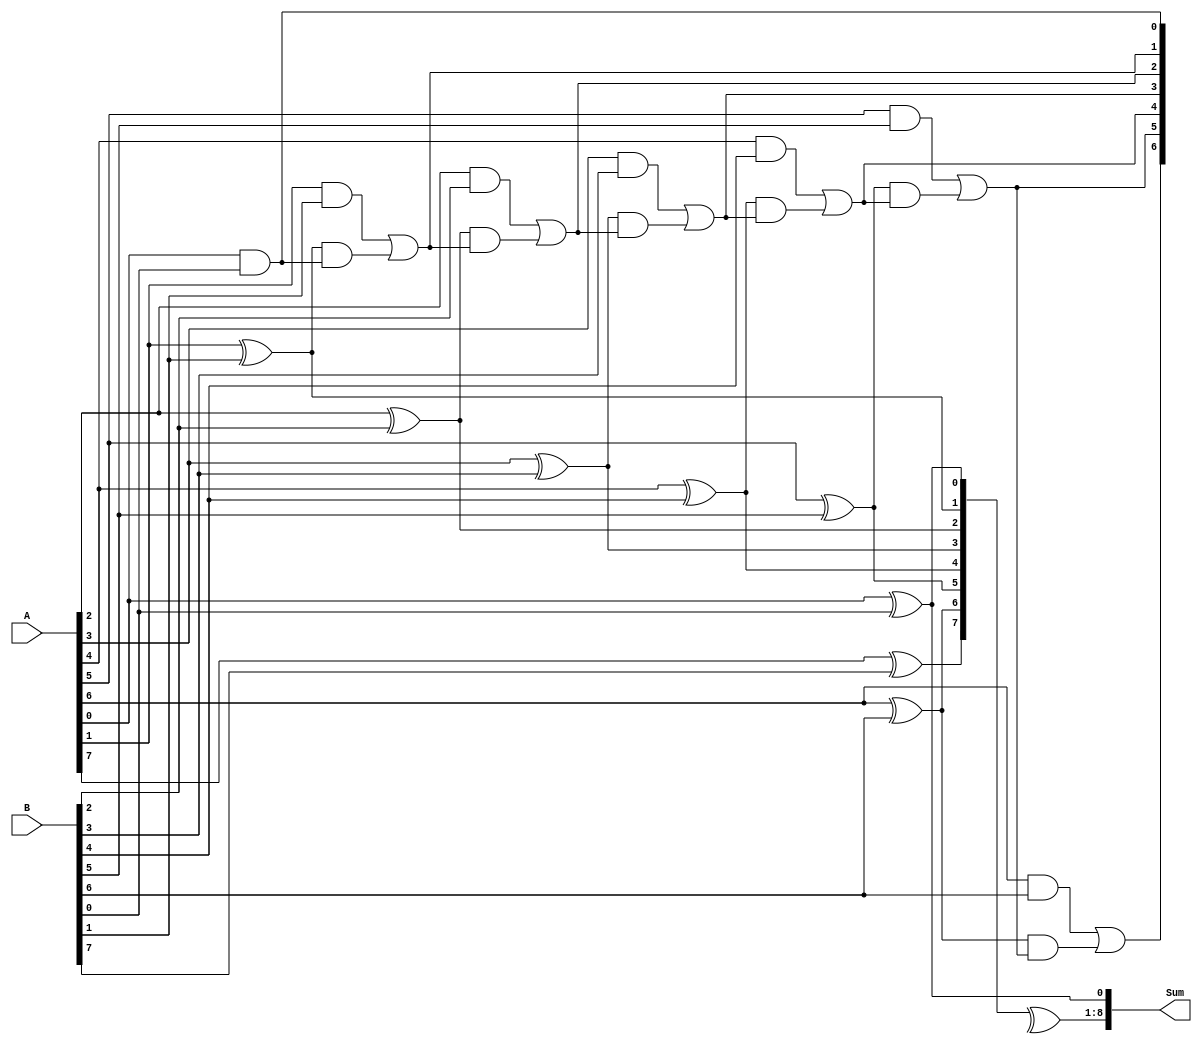
module carry_bypass_adder (
  input wire [7:0] A,
  input wire [7:0] B,
  output wire [8:0] Sum
);

  wire [7:0] C;
  wire [8:0] P, G;

  assign C[0] = 1'b0;
  
  generate
    genvar i;
    for (i = 0; i < 8; i = i + 1) begin: AB
      assign P[i] = A[i] ^ B[i];
      assign G[i] = A[i] & B[i];
    end
  endgenerate

  genvar j;
  generate
    for (j = 1; j < 8; j = j + 1) begin: Carry
      assign C[j] = G[j - 1] | (P[j - 1] & C[j - 1]);
    end
  endgenerate

  assign Sum[0] = A[0] ^ B[0] ^ C[0];
  assign Sum[1:8] = P[0:7] ^ C[1:8];
  assign Sum[9] = G[7] | (P[7] & C[7]);

endmodule